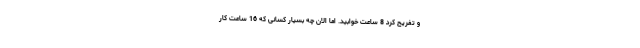
و تفریح کرد 8 ساعت خوابید. اما الان چه بسیار کسانی که 16 ساعت کار